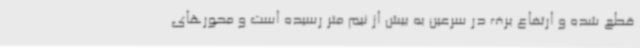
قطع شده و ارتفاع برف در سرعین به بیش از نیم متر رسیده است و محورهای